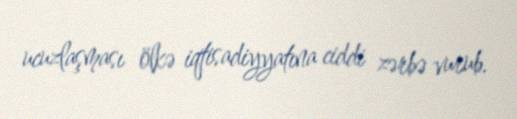
ucuzlaşması ölkə iqtisadiyyatına ciddi zərbə vurub.